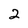
Character: 2